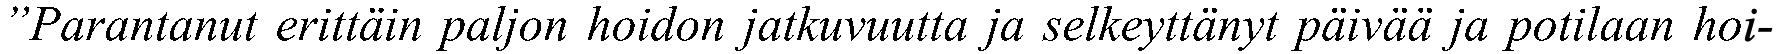
”Parantanut erittäin paljon hoidon jatkuvuutta ja selkeyttänyt päivää ja potilaan hoi-